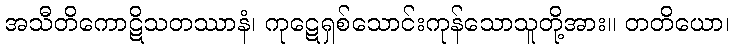
အသီတိကောဋိသတဿာနံ၊ ကုဋေရှစ်သောင်းကုန်သောသူတို့အား။ တတိယော၊